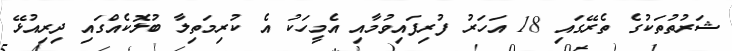
ޝަރުތުތަކުގެ ތެރޭގައި 18 އަހަރު ފުރިފައިވުމާއި އެމީހަކު އެ ކުރިމަތިލާ ބުލޮކެއްގައި ދިރިއުޅޭ